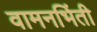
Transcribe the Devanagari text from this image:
वामनभिंती